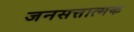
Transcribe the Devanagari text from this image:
जनसत्तात्मक